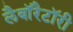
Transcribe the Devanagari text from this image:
लैबाॅरैटाॅरी